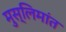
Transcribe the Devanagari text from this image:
मुस्लिमांत